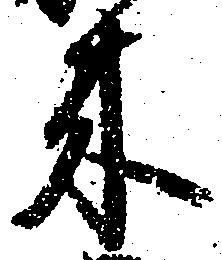
来